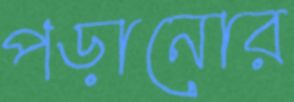
পড়ানোর